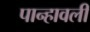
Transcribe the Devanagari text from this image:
पान्हावली